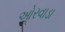
ઓરવાડા